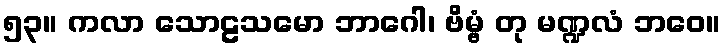
၅၃။ ကလာ သောဠသမော ဘာဂေါ၊ ဗိမ္ဗံ တု မဏ္ဍလံ ဘဝေ။